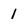
Character: 1